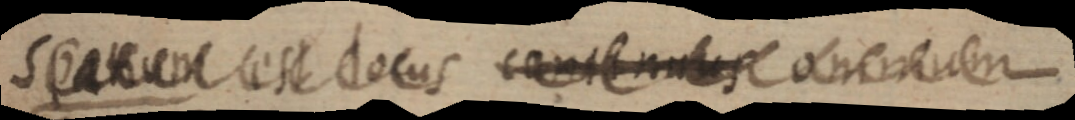
Spatium est locus continuus omnium